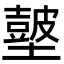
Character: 𡒢